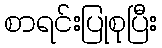
စာရင်းပြုစုပြီး